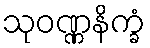
သုဝဏ္ဏနိက္ခံ